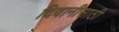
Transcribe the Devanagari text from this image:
दिवानीसाठी